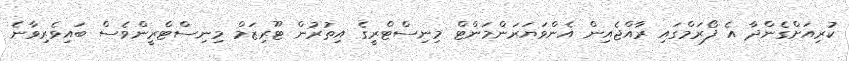
ކުރިއަށްގެންދާ އެ ފޯރަމްގައި ރާއްޖެއިން އެންވަޔަރަންމަންޓް މިނިސްޓްރީގެ އިތުރުން ޓޫރިޒަމް މިނިސްޓްރީންވެސް ބައިވެރިވާނެ